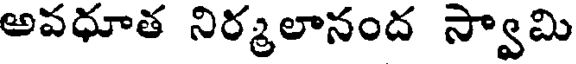
అవధూత నిర్మలానంద స్వామి